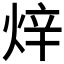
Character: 𤈼